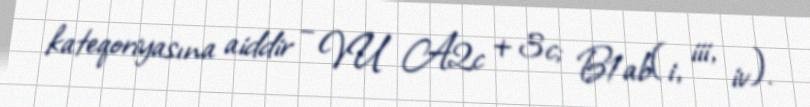
kateqoriyasına aiddir – VU A2c + 3c; B1ab(i, iii, iv).